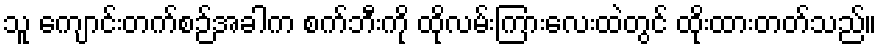
သူ ကျောင်းတက်စဉ်အခါက စက်ဘီးကို ထိုလမ်းကြားလေးထဲတွင် ထိုးထားတတ်သည်။